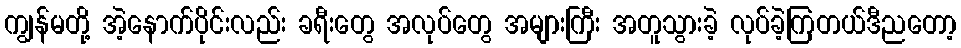
ကျွန်မတို့ အဲ့နောက်ပိုင်းလည်း ခရီးတွေ အလုပ်တွေ အများကြီး အတူသွားခဲ့ လုပ်ခဲ့ကြတယ်ဒီညတော့